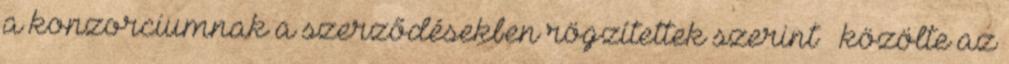
a konzorciumnak a szerződésekben rögzítettek szerint − közölte az